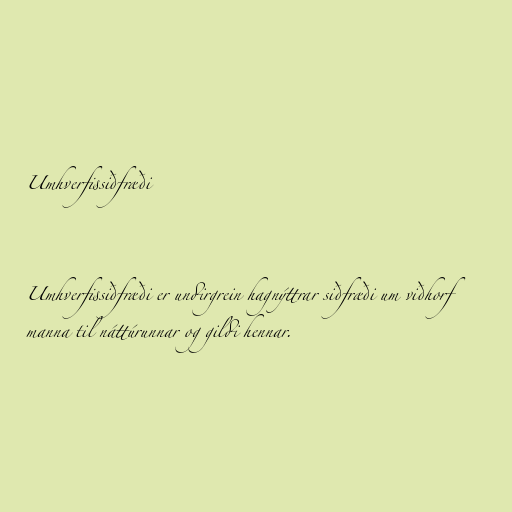
Umhverfissiðfræði

Umhverfissiðfræði er undirgrein hagnýttrar siðfræði um viðhorf
manna til náttúrunnar og gildi hennar.